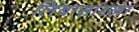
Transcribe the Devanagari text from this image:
लिंबासारखा